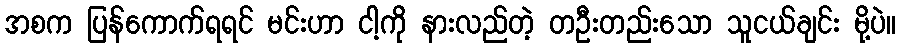
အစက ပြန်ကောက်ရရင် မင်းဟာ ငါ့ကို နားလည်တဲ့ တဦးတည်းသော သူငယ်ချင်း မို့ပဲ။